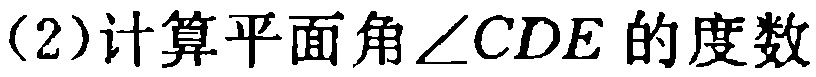
(2)计算平面角\(\angle CDE\)的度数